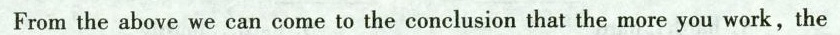
From the above we can come to the conclusion that the more you work,the